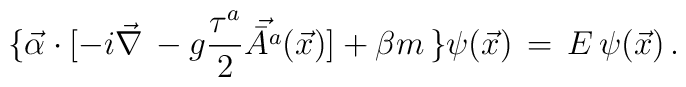
\{  \vec{\alpha} \cdot [-i \vec{\nabla} \, - g \frac{\tau^a}{2}  \vec{\bar{A}^a}(\vec{x})]  + \beta m \, \} \psi(\vec{x})\, = \, E \, \psi(\vec{x}) \, .